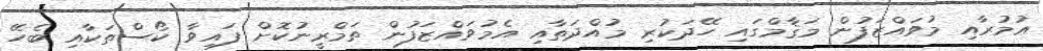
ޢުމުރާއި މުވައްޒަފުން މަޤާމްގައި ހޭދަކުރި މުއްދަތާއި އެމުވައްޒަފުން ތަމްރީނުކޮށް ފައިވާ ކޯސްތަކާއި ބެހޭ